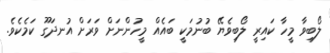
ލޯބިވާ މީހާ ކައިރީ ލޯބިވެޔޭ ބުނުމަކީ ބައެއް މީހުންނަށް ވަރަށް އުނދަގޫ ކަމެކެވެ.